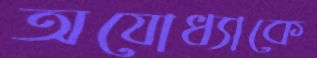
অযোধ্যাকে